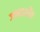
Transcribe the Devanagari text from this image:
जननाशौच